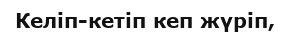
Келіп-кетіп кеп жүріп,